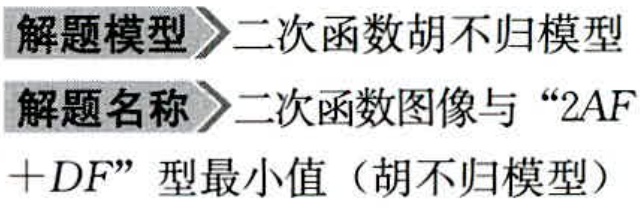
解题模型$\rhd$二次函数胡不归模型
解题名称$\rhd$二次函数图像与“$2AF + DF$”型最小值（胡不归模型）